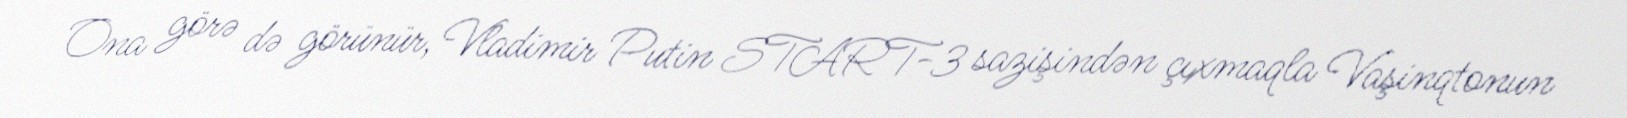
Ona görə də görünür, Vladimir Putin START-3 sazişindən çıxmaqla Vaşinqtonun